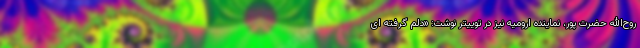
روح‌الله حضرت پور، نماینده ارومیه نیز در توییتر نوشت: «دلم گرفته ای